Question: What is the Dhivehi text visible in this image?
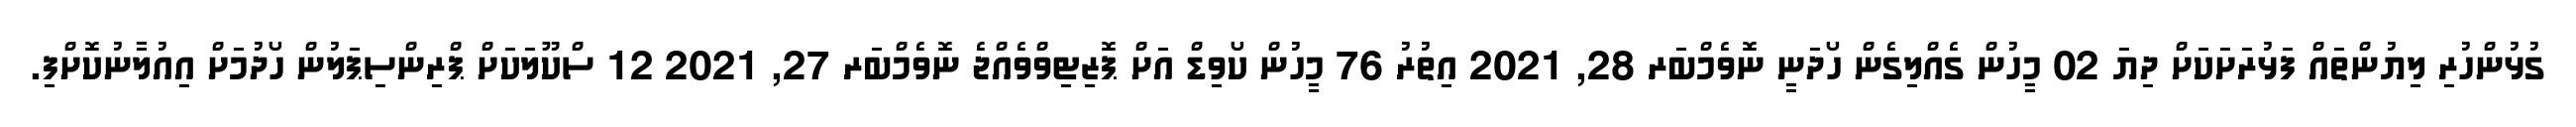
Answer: ގުޅުންހުރި ލިޔުންތައް ފަޅުރަށަކަށް ދިޔަ 02 މީހުން ގެއްލިގެން ހޯދަނީ ނޮވެމްބަރ 28, 2021 އިތުރު 76 މީހުން ކޯވިޑް އަށް ޕޮޒިޓިވްވެއްޖެ ނޮވެމްބަރ 27, 2021 12 ސްކޫލަކަށް ޕްރިންސިޕަލުން ހޯދުމަށް އިއުލާނުކޮށްފި.